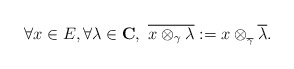
\begin{align*}\forall x \in E, \forall \lambda \in \mathbf{C}, \ \overline{x \otimes_\gamma \lambda} := x \otimes_{_{\overline{\gamma}}} \overline{\lambda}.\end{align*}